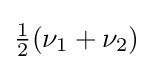
{\textstyle {\frac {1}{2}}(\nu _{1}+\nu _{2})}